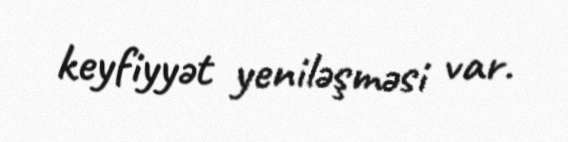
keyfiyyət yeniləşməsi var.